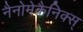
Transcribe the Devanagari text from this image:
नैनोमेकैनिक्स्